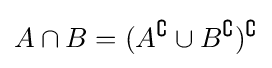
A\cap B=(A^{\complement }\cup B^{\complement })^{\complement }